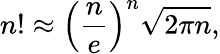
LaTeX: n!\approx\left({\frac{n}{e}}\right)^{n}{\sqrt{2\pi n}},